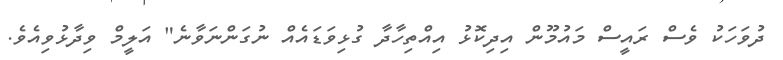
ދުވަހަކު ވެސް ރައީސް މައުމޫން އިދިކޮޅު އިއްތިހާދާ ގުޅިވަޑައެއް ނުގަންނަވާނެ" އަލީމް ވިދާޅުވިއެވެ.